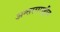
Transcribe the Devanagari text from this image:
अन्तरराराष्ट्रीय